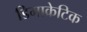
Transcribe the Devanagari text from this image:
डिमाक्रेटिक